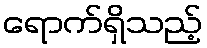
ရောက်ရှိသည့်